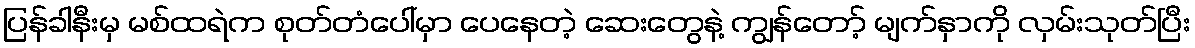
ပြန်ခါနီးမှ မစ်ထရဲက စုတ်တံပေါ်မှာ ပေနေတဲ့ ဆေးတွေနဲ့ ကျွန်တော့် မျက်နှာကို လှမ်းသုတ်ပြီး